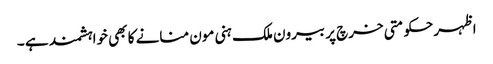
اظہرحکومتی خرچ پر بیرون ملک ہنی مون منانے کا بھی خواہشمند ہے ۔